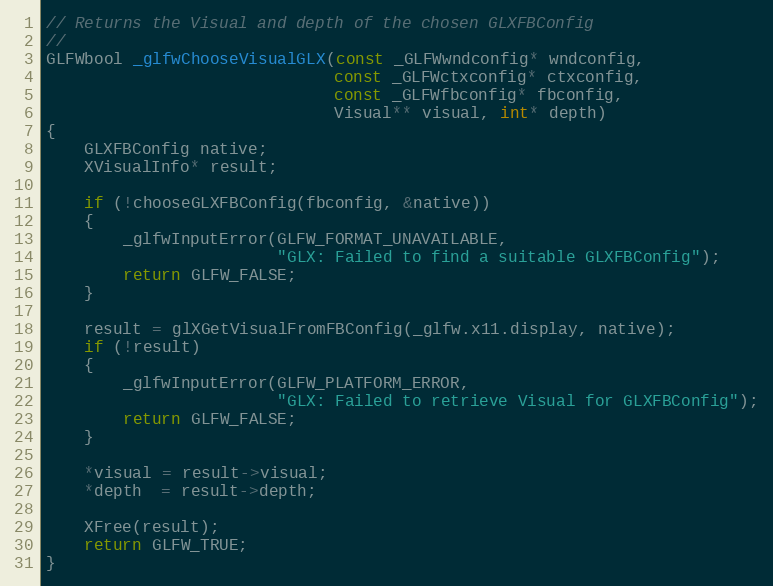
Language: C
// Returns the Visual and depth of the chosen GLXFBConfig
//
GLFWbool _glfwChooseVisualGLX(const _GLFWwndconfig* wndconfig,
                              const _GLFWctxconfig* ctxconfig,
                              const _GLFWfbconfig* fbconfig,
                              Visual** visual, int* depth)
{
    GLXFBConfig native;
    XVisualInfo* result;

    if (!chooseGLXFBConfig(fbconfig, &native))
    {
        _glfwInputError(GLFW_FORMAT_UNAVAILABLE,
                        "GLX: Failed to find a suitable GLXFBConfig");
        return GLFW_FALSE;
    }

    result = glXGetVisualFromFBConfig(_glfw.x11.display, native);
    if (!result)
    {
        _glfwInputError(GLFW_PLATFORM_ERROR,
                        "GLX: Failed to retrieve Visual for GLXFBConfig");
        return GLFW_FALSE;
    }

    *visual = result->visual;
    *depth  = result->depth;

    XFree(result);
    return GLFW_TRUE;
}